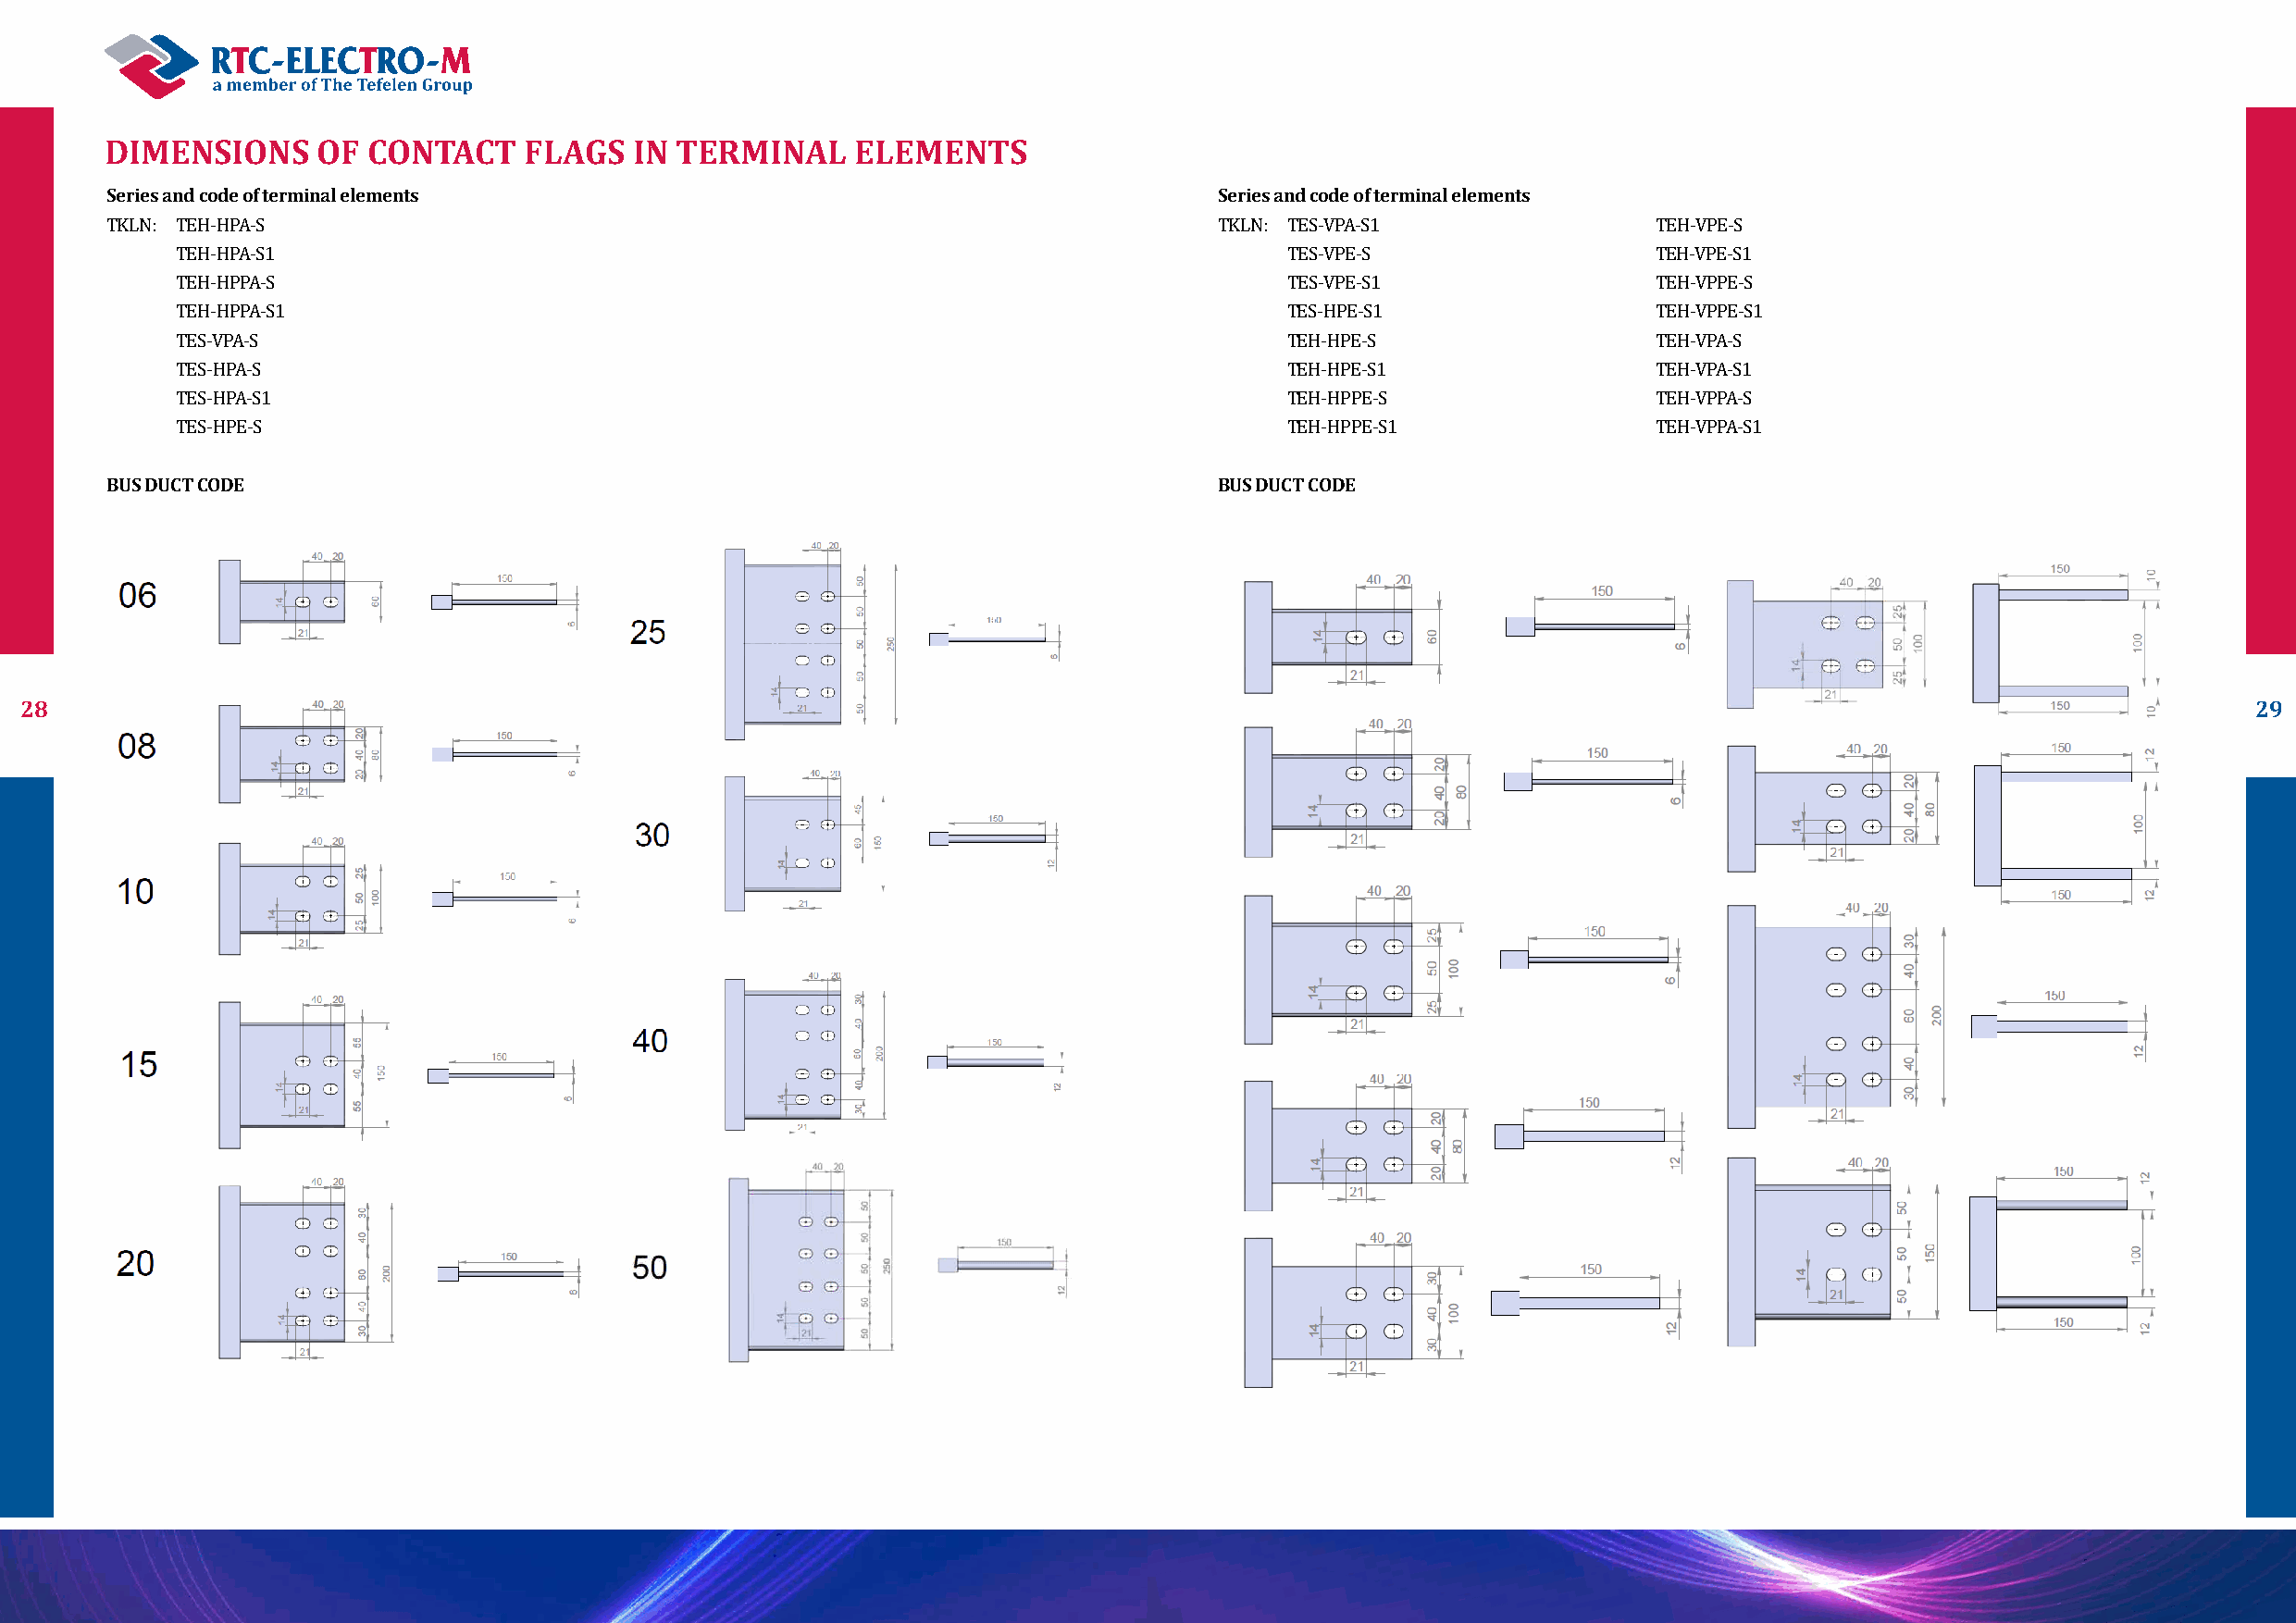
DIMENSIONS      OF CONTACT     FLAGS  IN TERMINAL     ELEMENTS
 Series and code of terminal elements                                           Series and code of terminal elements
 TKLN: TEH-HPA-S                                                                TKLN: TES-VPA-S1               TEH-VPE-S
 TEH-HPA-S1                                                                     TES-VPE-S                 TEH-VPE-S1
 TEH-HPPA-S                                                                     TES-VPE-S1                TEH-VPPE-S
 TEH-HPPA-S1                                                                    TES-HPE-S1                TEH-VPPE-S1
 TES-VPA-S                                                                      TEH-HPE-S                 TEH-VPA-S
 TES-HPA-S                                                                      TEH-HPE-S1                TEH-VPA-S1
 TES-HPA-S1                                                                     TEH-HPPE-S                TEH-VPPA-S
 TES-HPE-S                                                                      TEH-HPPE-S1               TEH-VPPA-S1
 BUS DUCT CODE                                                                  BUS DUCT CODE
 28                                                                                                                                                              29